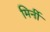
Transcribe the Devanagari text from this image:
मिर्नी